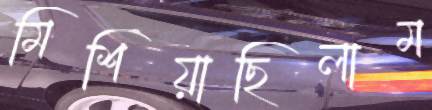
মিশিয়াছিলাম